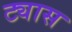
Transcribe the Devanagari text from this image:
ट्यास